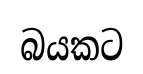
බයකට